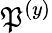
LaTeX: \mathfrak{P}^{(y)}